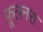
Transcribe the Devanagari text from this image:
फूलनरा